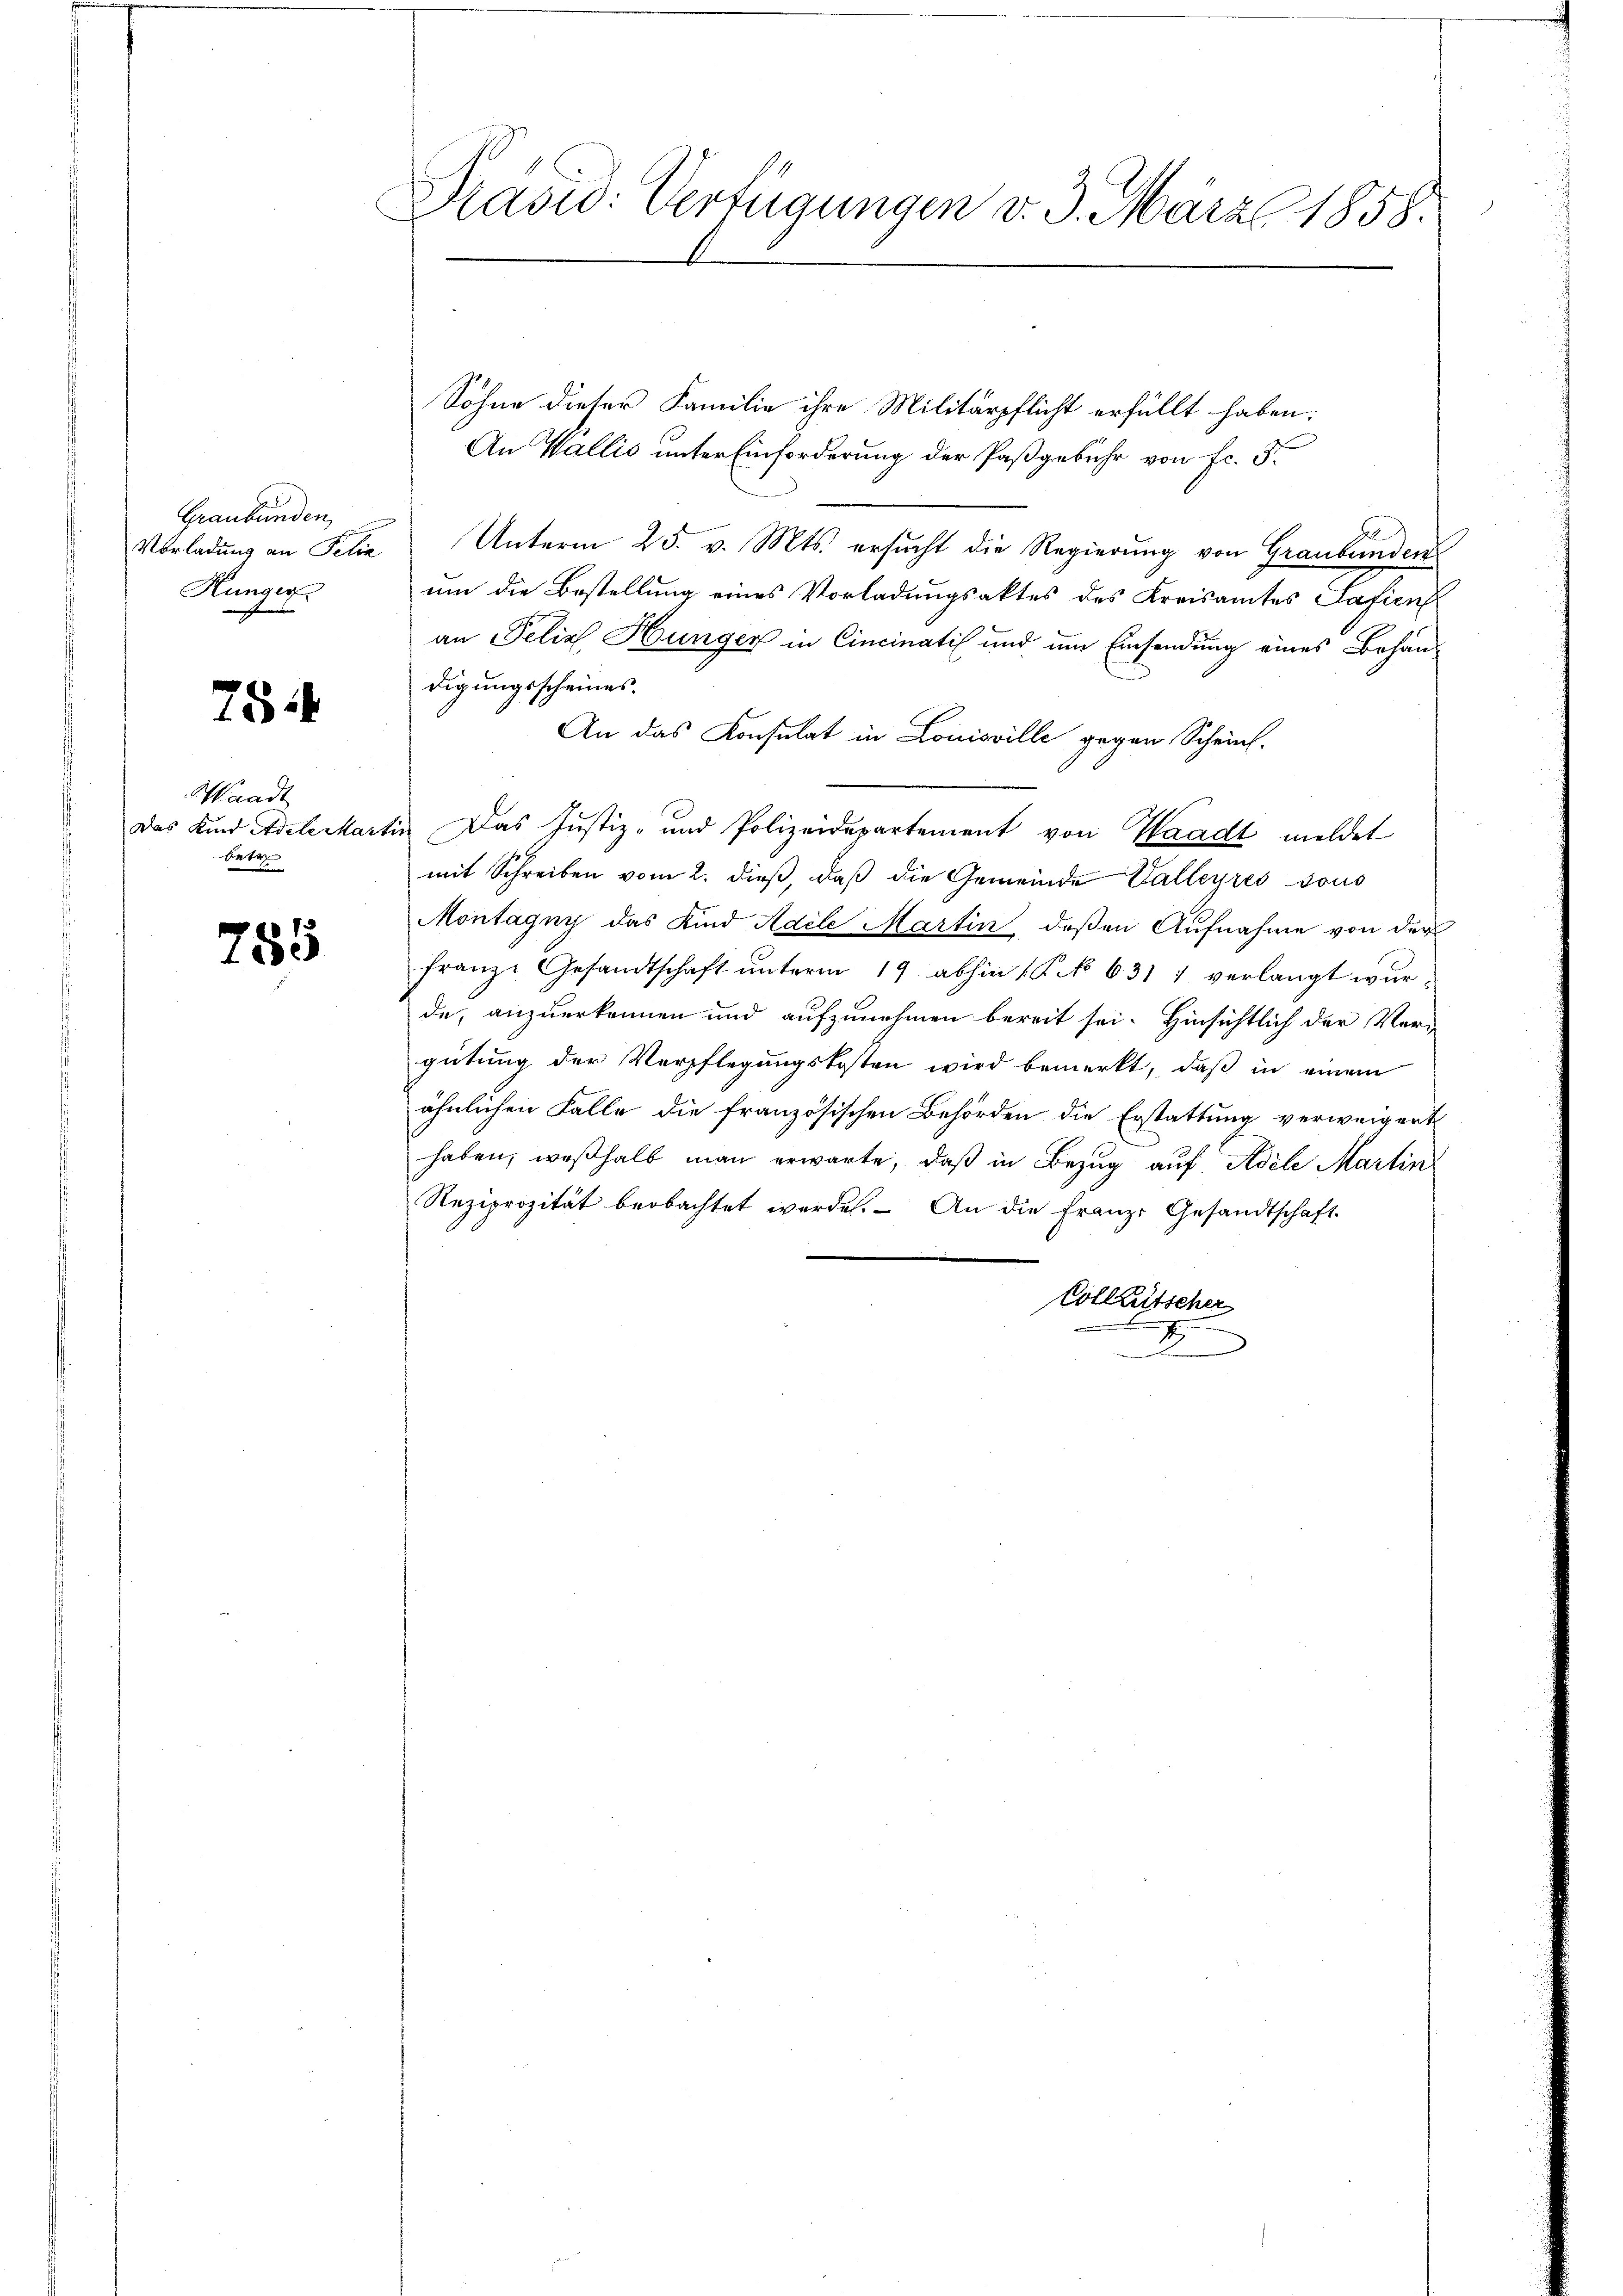
Graubünden,
Hunger

75

Waadt
betr

785

Prävid: Verfügungen v. 3. März 1858.

Sohne dieser Familie ihre Militärpflicht erfüllt haben.
An Wallis unter Einforderung der Paßgebühr von fr. 5.
Vorladung an Filie Unterm 25. v. Mts. ersucht die Regierung von Graubünden
um die Bestellung eines Vorladungsaktes des Kreisamtes Safien
an Felix Hungen in Cincinatis und um Einsendung eines Behan-
digungsscheines.
An das Konsulat in Louisville gegen Scheint.
Das Kind Adelerartin Das Justiz- und Polizeidepartement von Waadt meldet
mit Schreiben vom 2. dieß, daß die Gemeinde Valleyres sous
Montagny das Kind Adele Martin deßen Aufnahme von der
franze Gesandtschaft unterm 19. abhin 15. No 631 1 verlangt wurde, anzuerkennen und aufzunehmen bereit sei. Hinsichtlich der Vergütung der Verpflegungskosten wird bemerkt, daß in einem
ähnlichen Falle die französischen Behörden die Erstattung verweigert
haben, weßhalb man erwarte, daß in Bezug auf Adele Martin
Reziprozität beobachtet werden. An die Franz. Gesandtschaft
Colleütscher